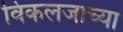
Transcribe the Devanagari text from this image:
विकलजाच्या